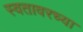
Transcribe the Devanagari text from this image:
स्वतावरच्या